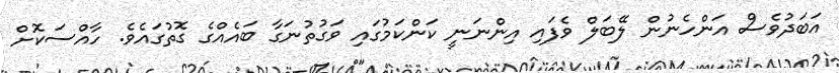
އަބަދުވެސް އަންހެނުން ލޭބަލް ވެފައި އިންނަނީ ކަންކަމުގައި ވަގުތުނަގާ ބައެއްގެ ގޮތުގައެވެ. ހާއްސަކޮށް